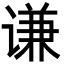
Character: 谦